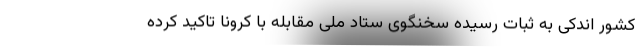
کشور اندکی به ثبات رسیده سخنگوی ستاد ملی مقابله با کرونا تاکید کرده